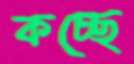
কচ্ছে